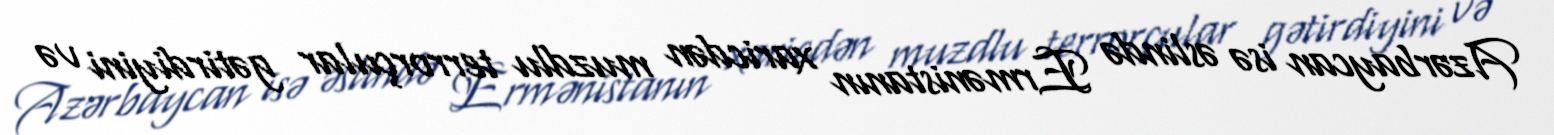
Azərbaycan isə əslində Ermənistanın xaricdən muzdlu terrorçular gətirdiyini və